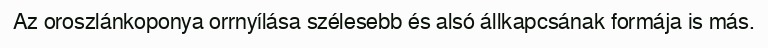
Az oroszlánkoponya orrnyílása szélesebb és alsó állkapcsának formája is más.